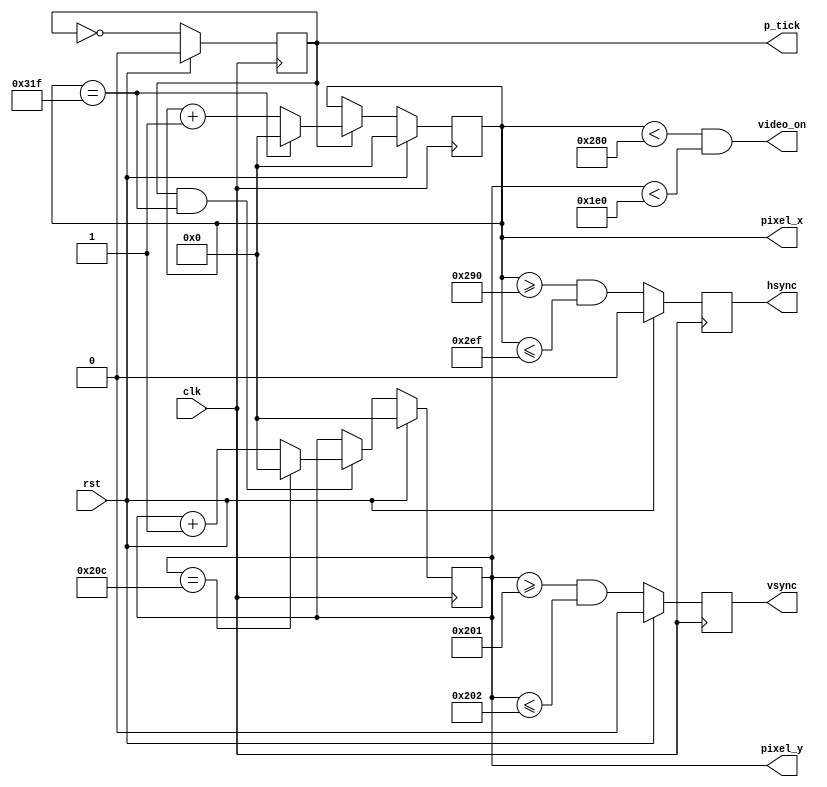
module vgaSync(clk, rst, hsync, vsync, video_on, p_tick, pixel_x, pixel_y);
	
input clk, rst;
output hsync, vsync, video_on, p_tick;
output [9:0] pixel_x, pixel_y;
	
// constant declaration
// VGA 640-by-480 sync parameters
parameter HD = 640; // horizontal display area
parameter HF = 48; // h. front (left) border
parameter HB = 16; // h. back (right) border
parameter HR = 96; // h. retrace
parameter VD = 480; // vertical display area
parameter VF = 10; // v. front (top) border
parameter VB = 33; // v. back (bottom) border
parameter VR = 2; // v. retrace

// mod_2 counter
reg mod2;
wire mod2Next;

// sync counters
reg [9:0] h_count, h_countNext;
reg [9:0] v_count, v_countNext;

reg v_sync, h_sync;
wire v_syncNext, h_syncNext;
wire h_end, v_end, pixel_tick;

always @(posedge clk) begin
		mod2 <= #1 mod2Next;
		v_count <= #1 v_countNext;
		h_count <= #1 h_countNext;
		v_sync <= #1 v_syncNext;
		h_sync <= #1 h_syncNext;
end

// mod2 circuit to generate 25 MHz enable tick
assign mod2Next = rst ? 0 : ~mod2;
assign pixel_tick = mod2;

// status signals
// end of horizontal counter (799)
assign h_end = (h_count == (HD+HF+HB+HR-1));

// end of vertical counter (524)
assign v_end = (v_count == (VD+VF+VB+VR-1));

// next-statelogic of mod-800 horizontal sync counter
always @(*) begin
	h_countNext = h_count;
	if(rst)
		h_countNext = 0;
	else if(pixel_tick) // 25 MHz pulse
		if(h_end)
			h_countNext = 0;
		else
			h_countNext = h_count + 1;
end

// next-state logic of mod-525 vertical sync counter
always @(*) begin
	v_countNext = v_count;
	if(rst)
		v_countNext = 0;
	else if(pixel_tick & h_end)
		if(v_end)
			v_countNext = 0;
		else
			v_countNext = v_count + 1;
end

// horizontal and vertical sync , buffered to avoid glitch
// h_svnc_next asserted between 656 and 751
assign h_syncNext = rst ? 0 : (h_count >= (HD+HB) && h_count <= (HD+HB+HR-1));

// v_syncNext asserted between 490 and 491
assign v_syncNext = rst ? 0 : (v_count >= (VD+VB) && v_count <= (VD+VB+VR-1));

// video on/off
assign video_on = (h_count < HD) && (v_count < VD);

// output
assign hsync = h_sync;
assign vsync = v_sync;
assign p_tick = mod2;
assign pixel_x = h_count;
assign pixel_y = v_count;

endmodule